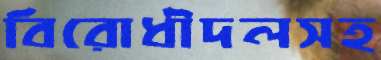
বিরোধীদলসহ